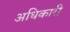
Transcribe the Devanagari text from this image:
अधिकारी